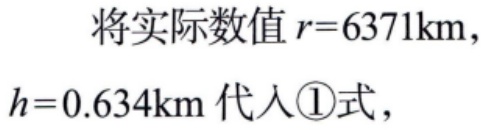
将实际数值\(r = 6371\mathrm{km}\)，\(h = 0.634\mathrm{km}\)代入\textcircled{1}式，